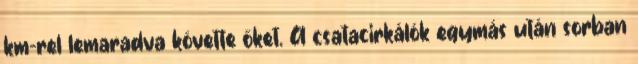
km-rel lemaradva követte őket. A csatacirkálók egymás után sorban